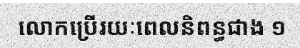
លោកប្រើរយៈពេលនិពន្ធជាង ១